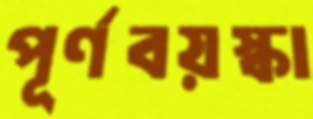
পূর্ণবয়স্কা